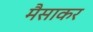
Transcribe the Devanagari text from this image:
मैसाकर